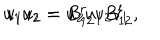
u _ { 1 } u _ { 2 } = u _ { 2 } u _ { 1 } B _ { 1 2 } ^ { l } , \hspace { 0 . 8 c m } v _ { 1 } v _ { 2 } = B _ { 1 2 } ^ { r } v _ { 2 } v _ { 1 }